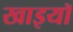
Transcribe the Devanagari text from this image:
खाइयॉ